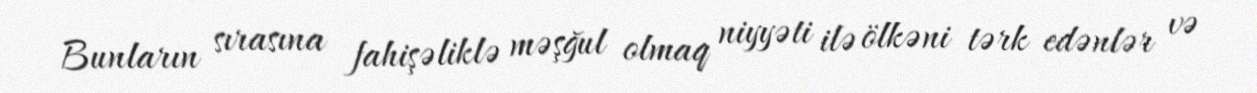
Bunların sırasına fahişəliklə məşğul olmaq niyyəti ilə ölkəni tərk edənlər və